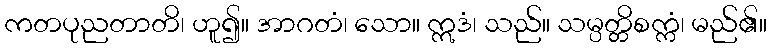
ကတပုညတာတိ၊ ဟူ၍။ အာဂတံ၊ သော။ ဣဒံ၊ သည်။ သမ္ပတ္တိစက္ကံ၊ မည်၏။